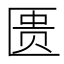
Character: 匮